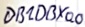
Text: DB1.DBX0.0